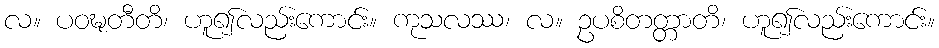
လ။ ပဝဍ္ဎတီတိ၊ ဟူ၍လည်းကောင်း။ ကုသလဿ၊ လ။ ဥပစိတတ္တာတိ၊ ဟူ၍လည်းကောင်း။